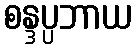
စန္ဒပ္ပဘာယ